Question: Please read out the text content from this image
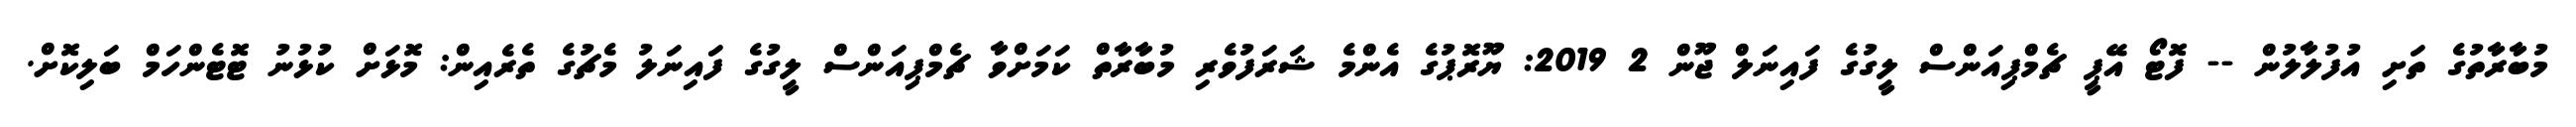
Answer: މުބާރާތުގެ ތަށި އުފުލާލުން -- ފޮޓޯ އޭޕީ ޗެމްޕިއަންސް ލީގުގެ ފައިނަލް ޖޫން 2 2019: ޔޫރޮޕުގެ އެންމެ ޝަރަފުވެރި މުބާރާތް ކަމަށްވާ ޗެމްޕިއަންސް ލީގުގެ ފައިނަލު މެޗުގެ ތެރެއިން: މޮޅަށް ކުޅުނު ޓޮޓެންހަމް ބަލިކޮށް.